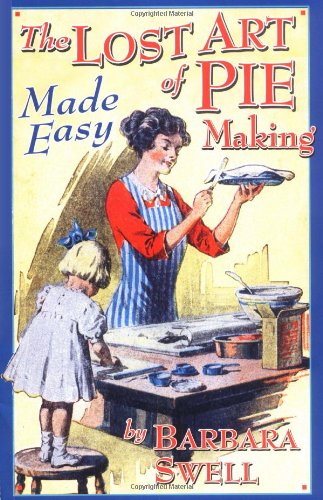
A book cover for The Lost Art of Pie Making Made Easy; Barbara Swell; Cookbooks, Food & Wine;